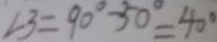
\angle 3 = 9 0 ^ { \circ } - 5 0 ^ { \circ } = 4 0 ^ { \circ }